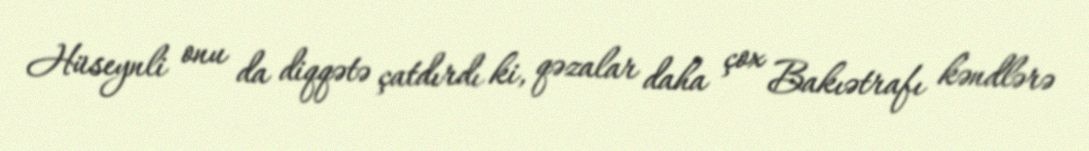
Hüseynli onu da diqqətə çatdırdı ki, qəzalar daha çox Bakıətrafı kəndlərə